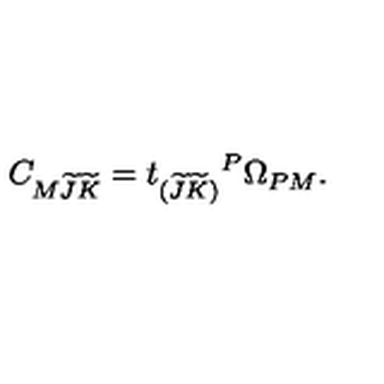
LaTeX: C _ { M \widetilde J \widetilde K } = t _ { ( \widetilde { J } \widetilde { K } ) } { } ^ { P } \Omega _ { P M } .